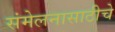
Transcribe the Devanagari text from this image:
संमेलनासाठीचे